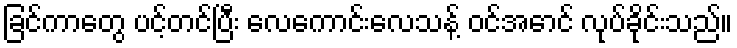
ခြင်ကာတွေ ပင့်တင်ပြီး လေကောင်းလေသန့် ဝင်အောင် လုပ်ခိုင်းသည်။